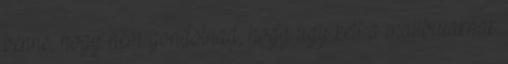
benne, hogy nem gondolnad, hogy ugy kell a malibuiaknak